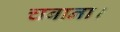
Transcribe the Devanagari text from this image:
चबाना।